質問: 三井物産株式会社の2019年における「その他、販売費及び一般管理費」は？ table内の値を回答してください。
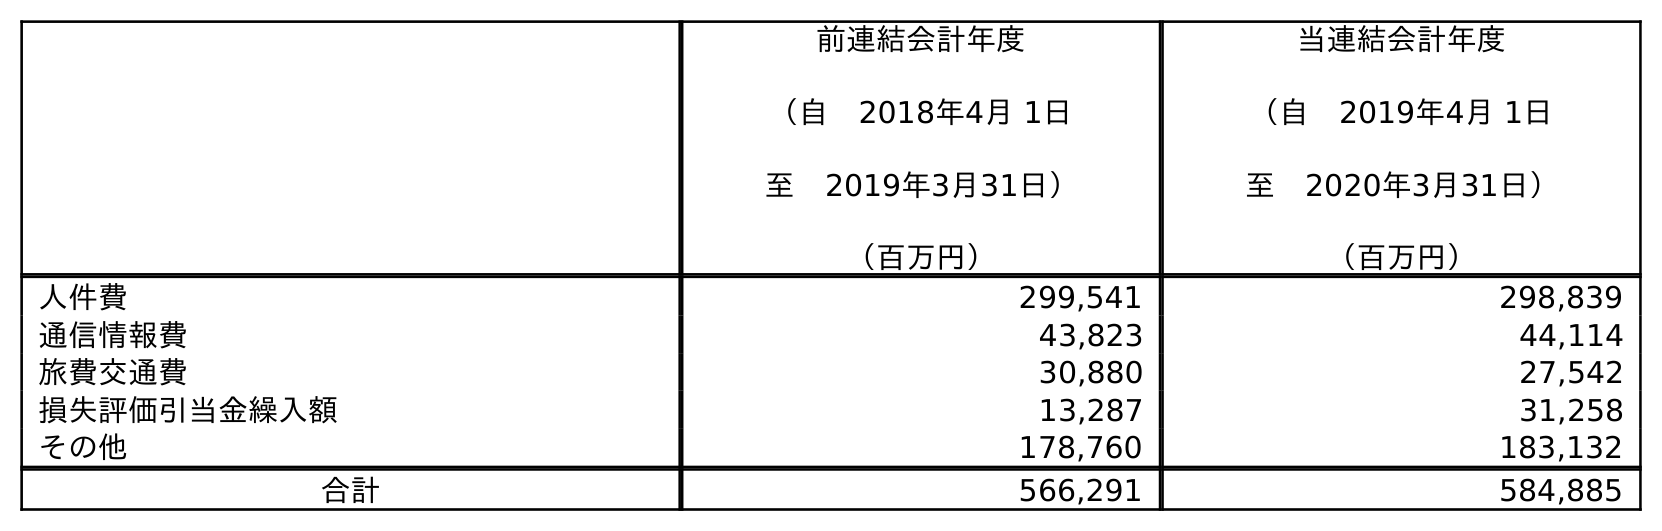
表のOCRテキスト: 前連結会計年度 （自 2018年4月 1日 至 2019年3月31日） （百万円） 当連結会計年度 （自 2019年4月 1日 至 2020年3月31日） （百万円） 人件費 299,541 298,839 通信情報費 43,823 44,114 旅費交通費 30,880 27,542 損失評価引当金繰入額 13,287 31,258 その他 178,760 183,132 合計 566,291 584,885
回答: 178,760